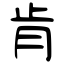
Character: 肯